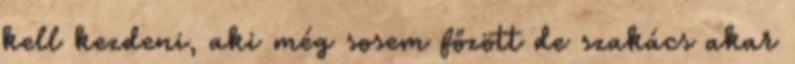
kell kezdeni, aki még sosem főzött de szakács akar